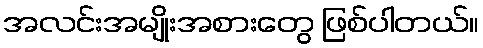
အလင်းအမျိုးအစားတွေ ဖြစ်ပါတယ်။